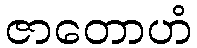
ဇာတောဟံ